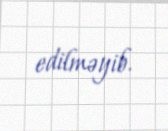
edilməyib.